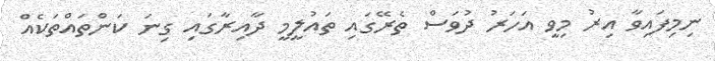
ނިމިފައިވާ އިރު މިވީ އަހަރު ދުވަސް ތެރޭގައި ތައުލީމީ ދާއިރާގައި ގިނަ ކަންތައްތަކެއް